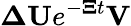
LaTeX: \mathbf{\Delta}\mathbf{U}e^{-\mathbf{\Xi}t}\mathbf{V}